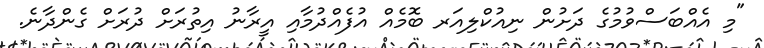
"މި އެއްބަސްވުމުގެ ދަށުން ނިއުކްލިއަރ ބޮމެއް އުފެއްދުމާއި އީރާނު އިތުރަށް ދުރަށް ގެންދާނެ.